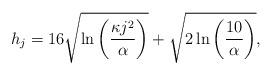
LaTeX: \begin{align*}h_j = 16 \sqrt{ \ln \left( \frac{\kappa j^2}{\alpha} \right)} + \sqrt{2 \ln \left( \frac{10}{\alpha} \right)},\end{align*}